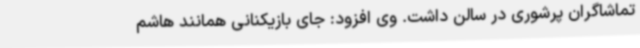
تماشاگران پرشوری در سالن داشت. وی افزود: جای بازیکنانی همانند هاشم